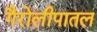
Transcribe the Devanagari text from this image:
गैरोलीपातल